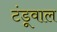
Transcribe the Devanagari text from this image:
टंडूवाल